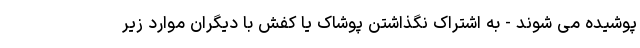
پوشیده می شوند - به اشتراک نگذاشتن پوشاک یا کفش با دیگران موارد زیر